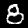
Label: 8